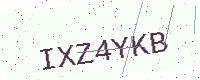
Text: IXZ4YKB